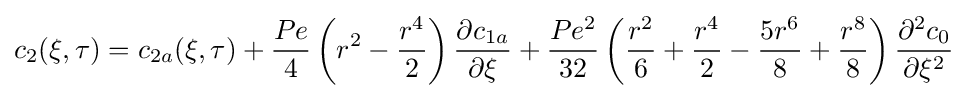
c_{2}(\xi ,\tau )=c_{2a}(\xi ,\tau )+{\frac {Pe}{4}}\left(r^{2}-{\frac {r^{4}}{2}}\right){\frac {\partial c_{1a}}{\partial \xi }}+{\frac {Pe^{2}}{32}}\left({\frac {r^{2}}{6}}+{\frac {r^{4}}{2}}-{\frac {5r^{6}}{8}}+{\frac {r^{8}}{8}}\right){\frac {\partial ^{2}c_{0}}{\partial \xi ^{2}}}